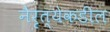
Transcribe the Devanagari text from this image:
नैरृत्येकडील